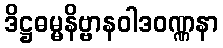
ဒိဋ္ဌဓမ္မနိဗ္ဗာနဝါဒဝဏ္ဏနာ